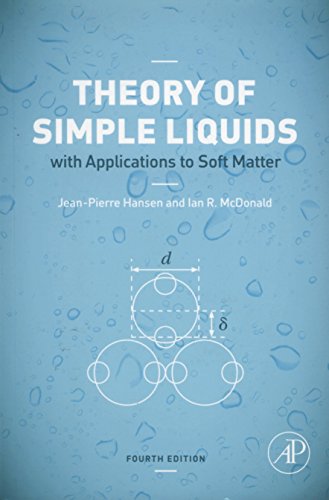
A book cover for Theory of Simple Liquids, Fourth Edition: with Applications to Soft Matter; Jean-Pierre Hansen; Science & Math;